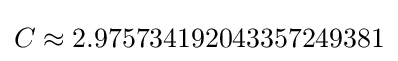
C\approx 2.975734192043357249381